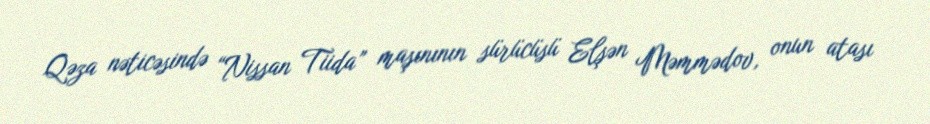
Qəza nəticəsində “Nissan Tiida” maşınının sürücüsü Elşən Məmmədov, onun atası